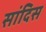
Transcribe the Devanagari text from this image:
सांदिस